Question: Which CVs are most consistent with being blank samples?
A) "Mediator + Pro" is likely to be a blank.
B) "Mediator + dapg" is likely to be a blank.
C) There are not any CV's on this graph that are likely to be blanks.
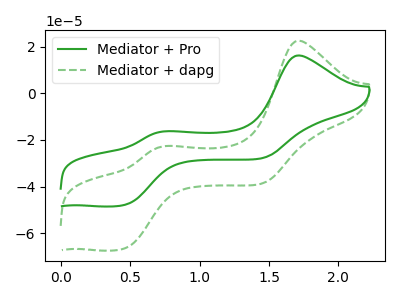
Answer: <think>The green curve "Mediator + Pro" has anodic peaks at (1.70V, 16.25uA) (0.75V, -16.30uA) and cathodic peaks at (0.45V, -47.80uA) (1.45V, -27.75uA). The green dashed curve "Mediator + dapg" has anodic peaks at (1.70V, 22.60uA) (0.75V, -22.65uA) and cathodic peaks at (0.45V, -66.45uA) (1.45V, -38.60uA).</think>
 <answer>C) There are not any CV's on this graph that are likely to be blanks.</answer>
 <eval>C</eval>